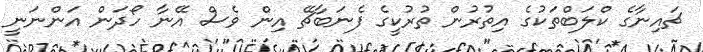
ޗައިނާގެ ކްލަބްތަކުގެ އިތުރުން ތުރުކީގެ ފެނަބާޗޭ އިން ވެސް އޭނާ ހޯދަން އަންނަނީ